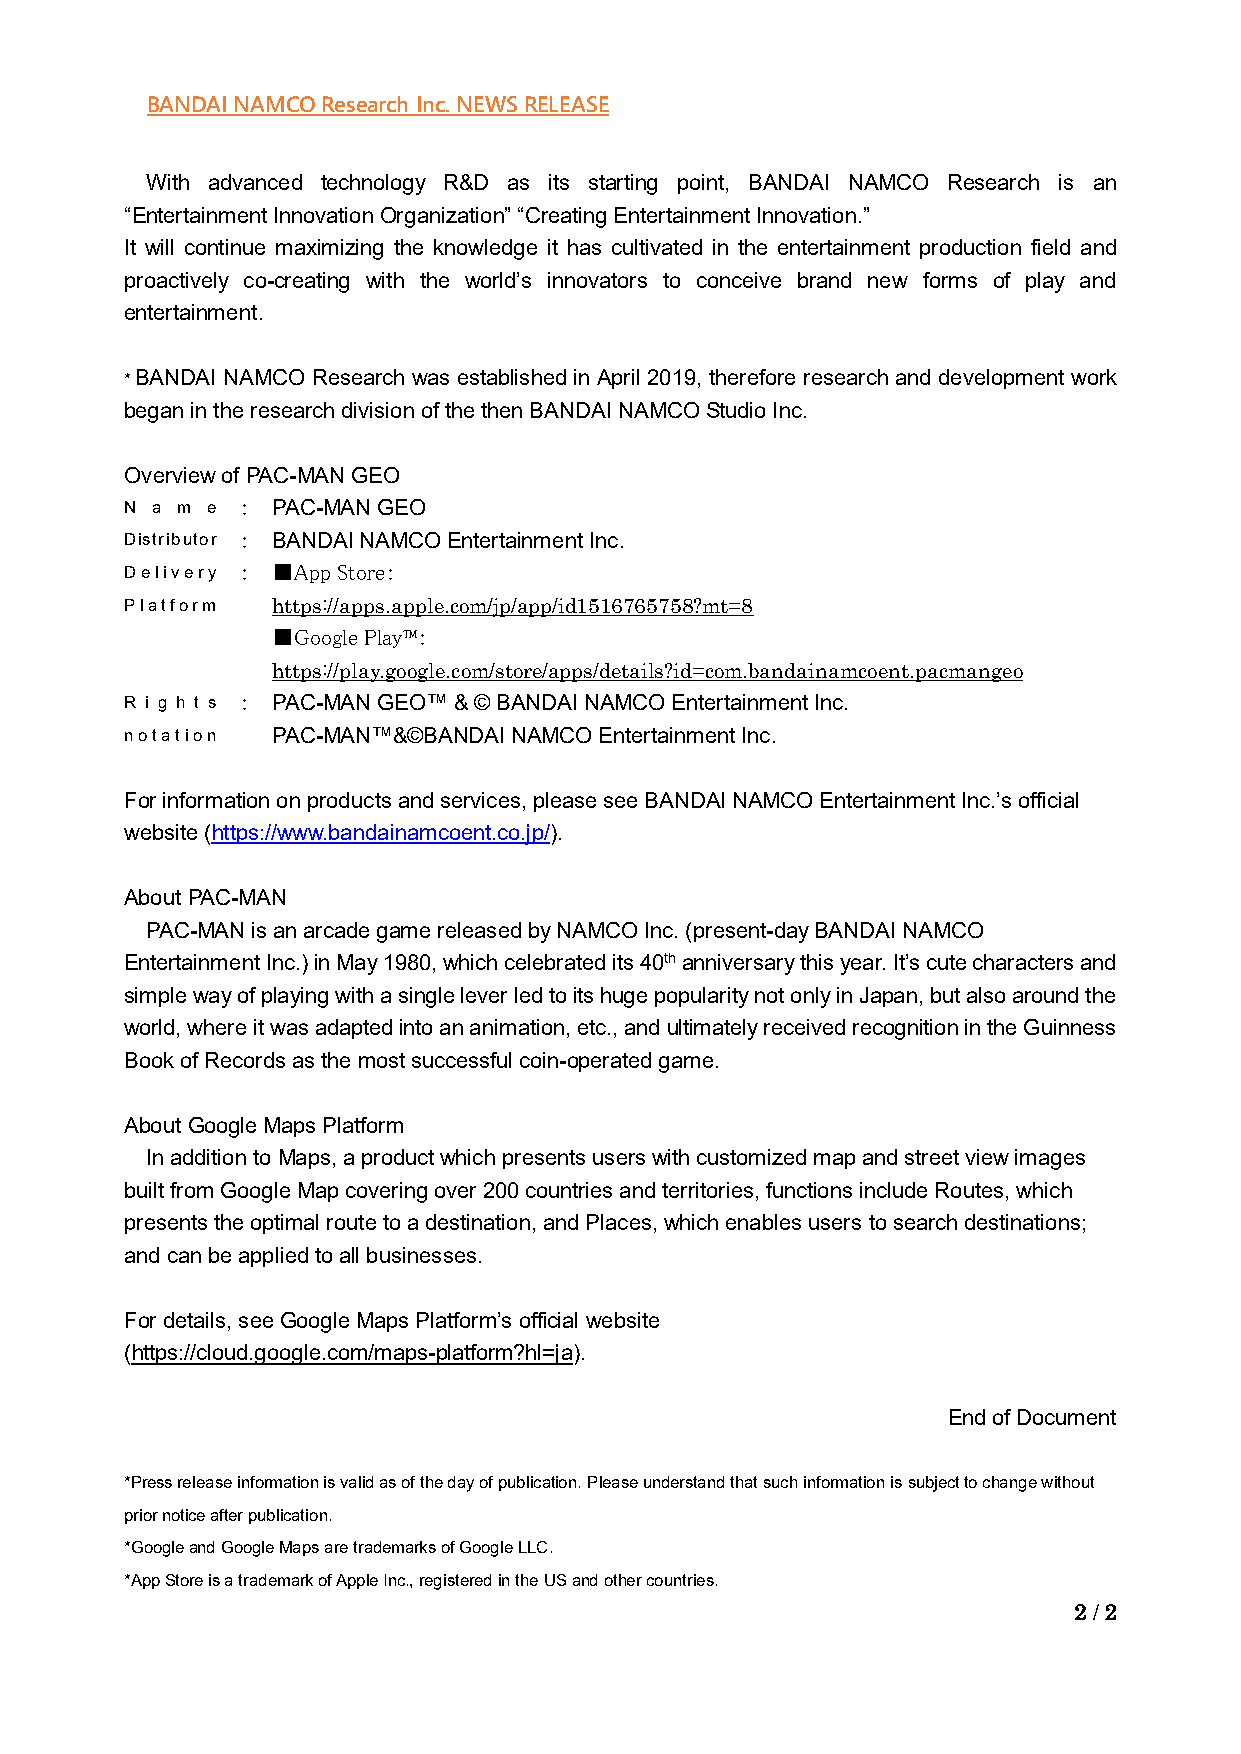
BANDAI NAMCO Research Inc. NEWS RELEASE
 With advanced technology R&D as its starting point, BANDAI NAMCO Research is an
 “Entertainment Innovation Organization” “Creating Entertainment Innovation.”
 It will continue maximizing the knowledge it has cultivated in the entertainment production field and
 proactively co-creating with the world’s innovators to conceive brand new forms of play and
 entertainment.
 * BANDAI NAMCO Research was established in April 2019, therefore research and development work
 began in the research division of the then BANDAI NAMCO Studio Inc.
 Overview of PAC-MAN GEO
 N a m e ： PAC-MAN GEO
 Distributor ： BANDAI NAMCO Entertainment Inc.
 Delivery ： ■App Store：
 Platform  https://apps.apple.com/jp/app/id1516765758?mt=8
 ■Google Play™：
 https://play.google.com/store/apps/details?id=com.bandainamcoent.pacmangeo
 R i g h t s ： PAC-MAN GEO™ & © BANDAI NAMCO Entertainment Inc.
 notation  PAC-MAN™&©BANDAI NAMCO Entertainment Inc.
 For information on products and services, please see BANDAI NAMCO Entertainment Inc.’s official
 website (https://www.bandainamcoent.co.jp/).
 About PAC-MAN
 PAC-MAN is an arcade game released by NAMCO Inc. (present-day BANDAI NAMCO
 Entertainment Inc.) in May 1980, which celebrated its 40th anniversary this year. It’s cute characters and
 simple way of playing with a single lever led to its huge popularity not only in Japan, but also around the
 world, where it was adapted into an animation, etc., and ultimately received recognition in the Guinness
 Book of Records as the most successful coin-operated game.
 About Google Maps Platform
 In addition to Maps, a product which presents users with customized map and street view images
 built from Google Map covering over 200 countries and territories, functions include Routes, which
 presents the optimal route to a destination, and Places, which enables users to search destinations;
 and can be applied to all businesses.
 For details, see Google Maps Platform’s official website
 (https://cloud.google.com/maps-platform?hl=ja).
 End of Document
 *Press release information is valid as of the day of publication. Please understand that such information is subject to change without
 prior notice after publication.
 *Google and Google Maps are trademarks of Google LLC.
 *App Store is a trademark of Apple Inc., registered in the US and other countries.
 2 / 2